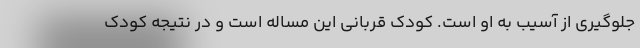
جلوگیری از آسیب به او است. کودک قربانی این مساله است و در نتیجه کودک